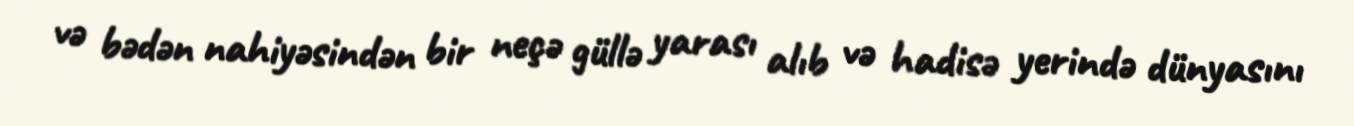
və bədən nahiyəsindən bir neçə güllə yarası alıb və hadisə yerində dünyasını